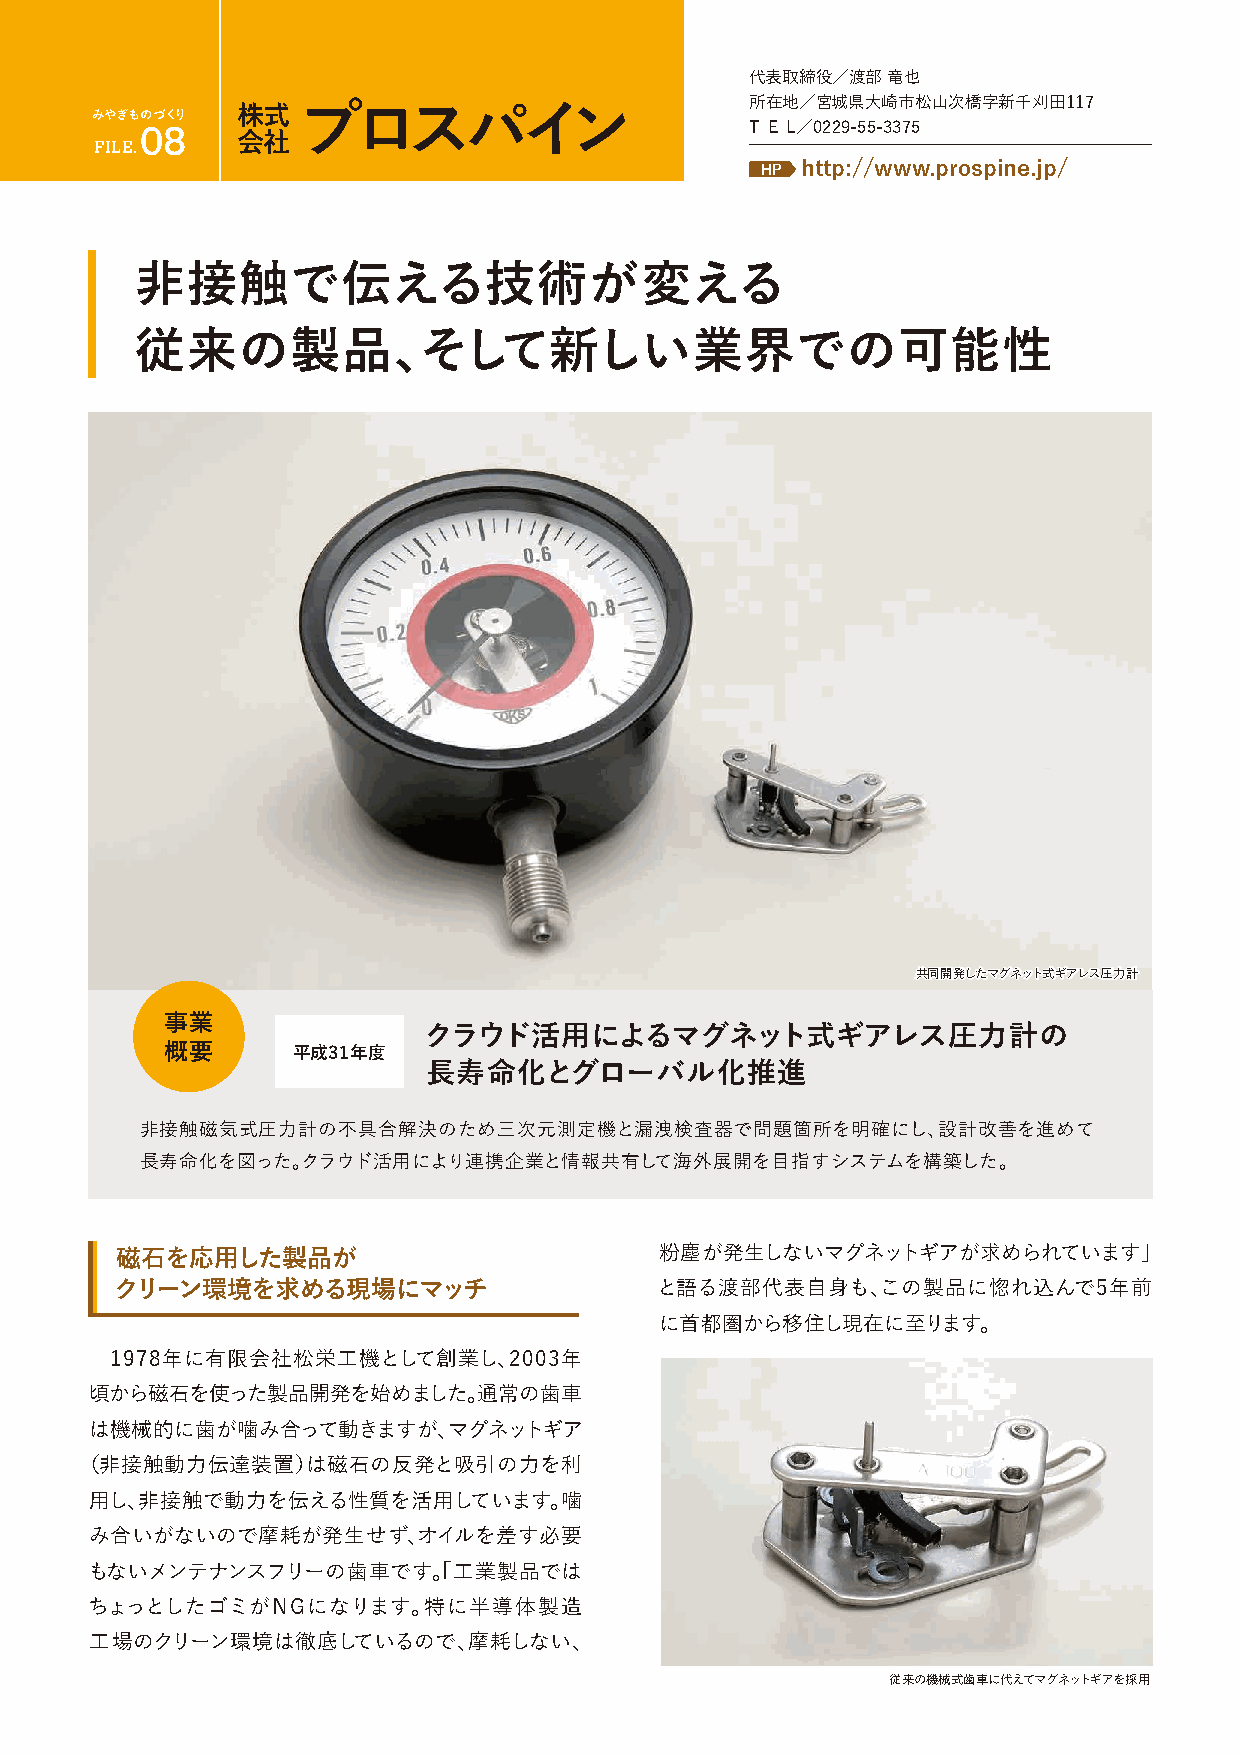
代表取締役／渡部 竜也
 所在地／宮城県大崎市松山次橋字新千刈田117
 みやぎものづくり  株式  プロスパイン
 08                                       T EL／0229-55-3375
 FILE.     会社
 HP http://www.prospine.jp/
 非接触で伝える技術が変える
 従来の製品、そして新しい業界での可能性
 共同開発したマグネット式ギアレス圧力計
 事業
 クラウド活用によるマグネット式ギアレス圧力計の
 概要      平成31年度
 長寿命化とグローバル化推進
 非接触磁気式圧力計の不具合解決のため三次元測定機と漏洩検査器で問題箇所を明確にし、設計改善を進めて
 長寿命化を図った。クラウド活用により連携企業と情報共有して海外展開を目指すシステムを構築した。
 磁石を応用した製品が                          粉塵が発生しないマグネットギアが求められています」
 クリーン環境を求める現場にマッチ                   と語る渡部代表自身も、この製品に惚れ込んで5年前
 に首都圏から移住し現在に至ります。
 1978年に有限会社松栄工機として創業し、2003年
 頃から磁石を使った製品開発を始めました。通常の歯車
 は機械的に歯が噛み合って動きますが、マグネットギア
 （非接触動力伝達装置）は磁石の反発と吸引の力を利
 用し、非接触で動力を伝える性質を活用しています。噛
 み合いがないので摩耗が発生せず、オイルを差す必要
 もないメンテナンスフリーの歯車です。「工業製品では
 ちょっとしたゴミがNGになります。特に半導体製造
 工場のクリーン環境は徹底しているので、摩耗しない、
 従来の機械式歯車に代えてマグネットギアを採用